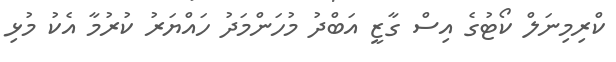
ކްރިމިނަލް ކޯޓުގެ އިސް ގާޒީ އަބްދު މުހަންމަދު ހައްޔަރު ކުރުމާ އެކު މުޅި